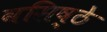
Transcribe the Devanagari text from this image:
वसिष्ठे